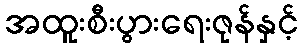
အထူးစီးပွားရေးဇုန်နှင့်